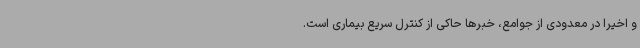
و اخیراً در معدودی از جوامع، خبرها حاکی از کنترل سریع بیماری است.